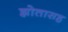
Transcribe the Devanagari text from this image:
झोतासह